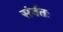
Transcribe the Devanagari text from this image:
संर्वतः